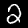
Digit: 2